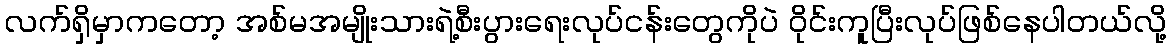
လက်ရှိမှာကတော့ အစ်မအမျိုးသားရဲ့စီးပွားရေးလုပ်ငန်းတွေကိုပဲ ဝိုင်းကူပြီးလုပ်ဖြစ်နေပါတယ်လို့